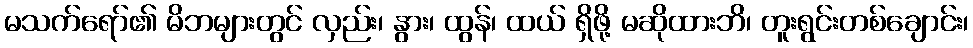
မသက်ရော်၏ မိဘများတွင် လှည်း၊ နွား၊ ထွန်၊ ထယ် ရှိဖို့ မဆိုထားဘိ၊ တူးရွင်းတစ်ချောင်း၊